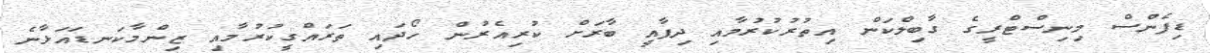
ޑިފެންސް މިނިސްޓްރީގެ ގާބިލްކަން އިތުރުކުރުމާއި ދިފާއީ ބާރަށް ކުރިއެރުން ހޯދައި ތަރައްގީކުރުމާއި ޒިންމާކަނޑައަޅާނެ